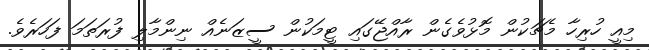
މިއީ ހުރިހާ މެޗަކުން މޮޅުވެގެން ރާއްޖޭގައި ޓީމަކުން ސީޒަނެއް ނިންމާލި ފުރަތަމަ ފަހަރެވެ.